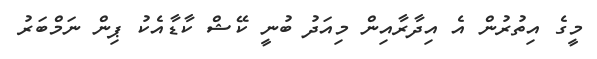
މީގެ އިތުރުން އެ އިދާރާއިން މިއަދު ބުނީ ކޭޝް ކާޑާއެކު ޕިން ނަމްބަރު